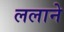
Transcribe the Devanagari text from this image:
ललाने